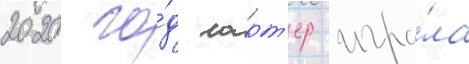
2020 го́д ларт'ер игра́ла